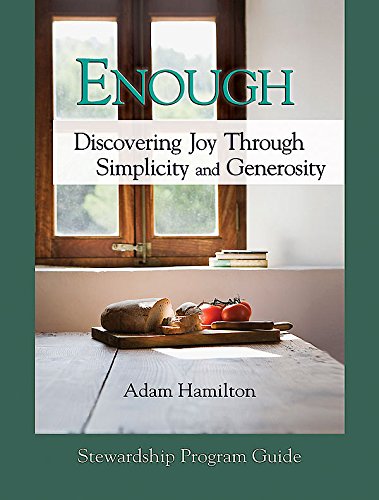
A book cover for Enough: Discovering Joy Through Simplicity and Generosity, Stewardship Program Guide; Adam Hamilton; Christian Books & Bibles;